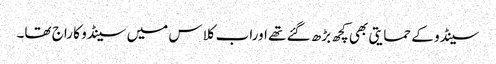
سینڈو کے حمایتی بھی کچھ بڑھ گئے تھے اوراب کلاس میں سینڈو کا راج تھا۔